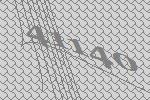
41140